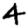
Digit: 4